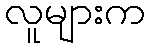
လူများက